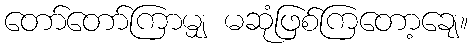
တော်တော်ကြာမျှ မဆုံဖြစ်ကြတော့ချေ။